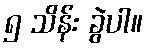
၅ သိန်း ခွဲပါ။